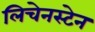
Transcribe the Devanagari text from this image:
लिचेनस्टेन